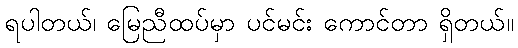
ရပါတယ်၊ မြေညီထပ်မှာ ပင်မင်း ကောင်တာ ရှိတယ်။